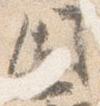
国